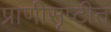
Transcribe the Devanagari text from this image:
प्राणीसृष्टीत